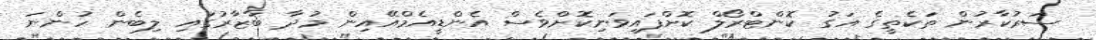
ސަރުކާރުން ތަކެތީގެ އަގު ކޮންޓްރޯލް ކޮށްފައިވަނިކޮށްވެސް އެންޑީއެމްއޭއިން މުދާ ބާޒާރުގައި ލިބެން ހުންނަ